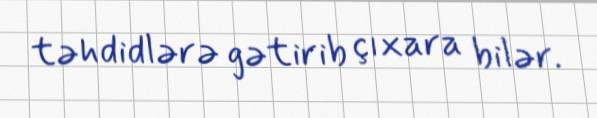
təhdidlərə gətirib çıxara bilər.